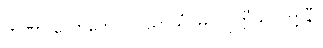
တဏှာ လောဘေ ပိပါသာယံ၊ မဂ္ဂ ဝုတ္တီသု ဝတ္တနီ။